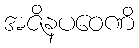
အဇိနပဝေဏိ